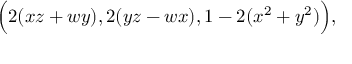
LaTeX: { \Big ( } 2 ( x z + w y ) , 2 ( y z - w x ) , 1 - 2 ( x ^ { 2 } + y ^ { 2 } ) { \Big ) } , \,